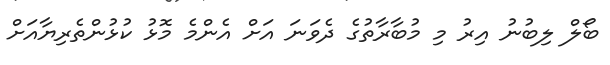
ބޯލް ލިބުނު އިރު މި މުބާރާތުގެ ދެވަނަ އަށް އެންމެ މޮޅު ކުޅުންތެރިޔާއަށް